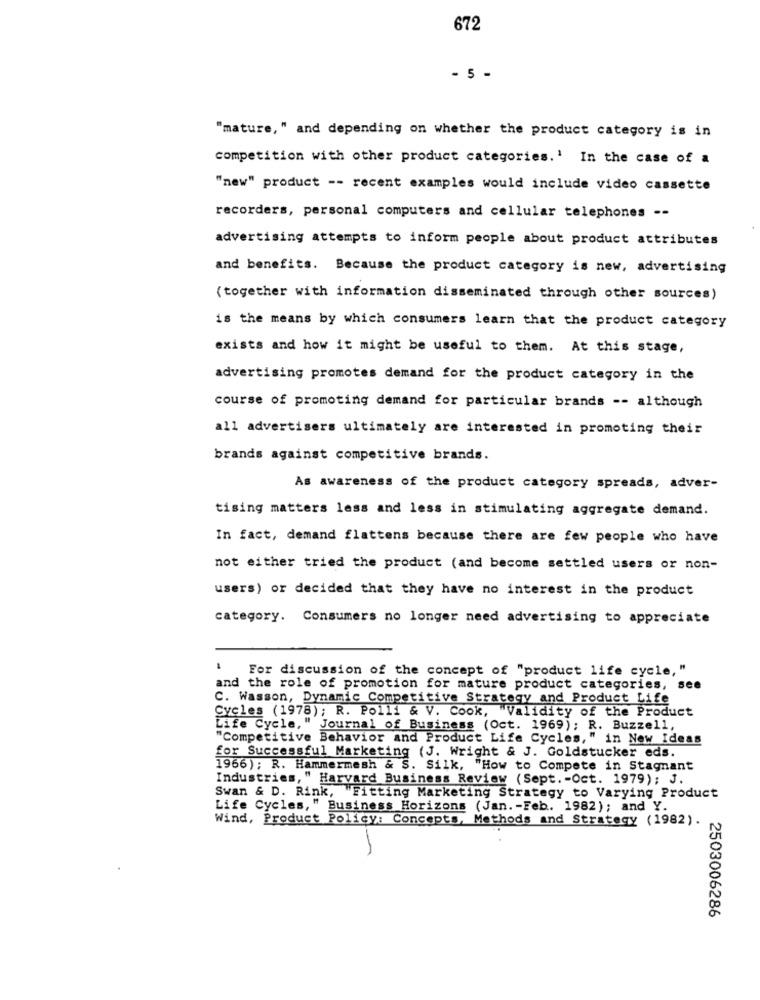
672
- 5 -
"mature, " and depending on whether the product category is in
competition with other product categories.' In the case of a
"new" product -- recent examples would include video cassette
recorders, personal computers and cellular telephones --
advertising attempts to inform people about product attributes
and benefits. Because the product category is new, advertising
(together with information disseminated through other sources)
is the means by which consumers learn that the product category
exists and how it might be useful to them. At this stage,
advertising promotes demand for the product category in the
course of promoting demand for particular brands -- although
all advertisers ultimately are interested in promoting their
brands against competitive brands.
As awareness of the product category spreads, adver-
tising matters less and less in stimulating aggregate demand.
In fact, demand flattens because there are few people who have
not either tried the product (and become settled users or non-
users) or decided that they have no interest in the product
category. Consumers no longer need advertising to appreciate
For discussion of the concept of "product life cycle, "
and the role of promotion for mature product categories, see
C. Wasson, Dynamic Competitive Strategy and Product Life
Cycles (1978); R. Polli & V. Cook, "Validity of the Product
Life Cycle, " Journal of Business (Oct. 1969); R. Buzzell,
"Competitive Behavior and Product Life Cycles," in New Ideas
for Successful Marketing (J. Wright & J. Goldstucker eds.
1966); R. Hammermesh & S. Silk, "How to Compete in Stagnant
Industries," Harvard Business Review (Sept .- Oct. 1979); J.
Swan & D. Rink, "Fitting Marketing Strategy to Varying Product
Life Cycles," Business Horizons (Jan. - Feb. 1982); and Y.
Wind, Product Policy: Concepts, Methods and Strategy (1982).
2503006286